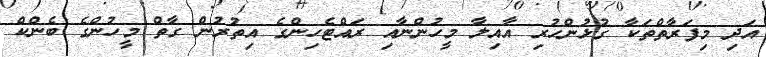
އަދި މިފަރާތްތަކާ ގުޅުންހުރި އާއިލާ މީހުންނާއި ރައްޓެހިންގެ އިތުރުން ގާތް މީހުންގެ ބެންކް